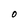
Character: O